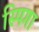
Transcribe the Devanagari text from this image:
स्पिगा